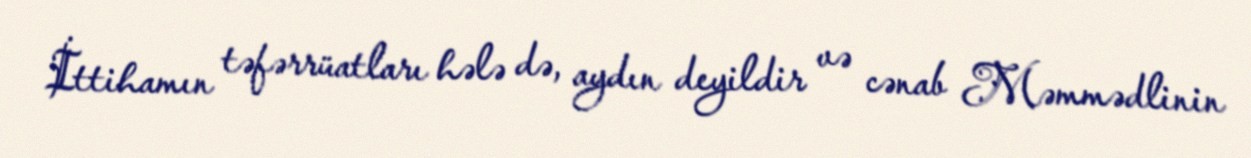
İttihamın təfərrüatları hələ də, aydın deyildir və cənab Məmmədlinin